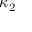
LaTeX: \, \kappa _ { 2 }